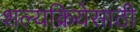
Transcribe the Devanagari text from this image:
शल्यक्रियेसाठी